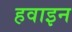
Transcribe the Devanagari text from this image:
हवाइन